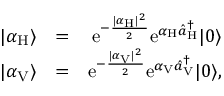
\begin{array} { r l r } { | \alpha _ { \mathrm { H } } \rangle } & { = } & { \mathrm { e } ^ { - \frac { | \alpha _ { \mathrm { H } } | ^ { 2 } } { 2 } } \mathrm { e } ^ { \alpha _ { \mathrm { H } } \hat { a } _ { \mathrm { H } } ^ { \dagger } } | 0 \rangle } \\ { | \alpha _ { \mathrm { V } } \rangle } & { = } & { \mathrm { e } ^ { - \frac { | \alpha _ { \mathrm { V } } | ^ { 2 } } { 2 } } \mathrm { e } ^ { \alpha _ { \mathrm { V } } \hat { a } _ { \mathrm { V } } ^ { \dagger } } | 0 \rangle , } \end{array}